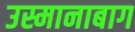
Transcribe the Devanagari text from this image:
उस्मानाबाग